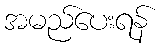
အမည်ပေးရန်